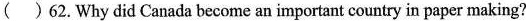
( )62.Why did Canada become an important country in paper making?